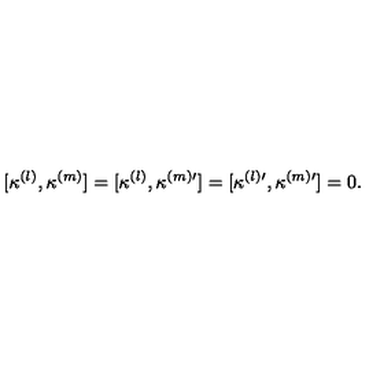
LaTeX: [ \kappa ^ { ( l ) } , \kappa ^ { ( m ) } ] = [ \kappa ^ { ( l ) } , \kappa ^ { ( m ) \prime } ] = [ \kappa ^ { ( l ) \prime } , \kappa ^ { ( m ) \prime } ] = 0 .